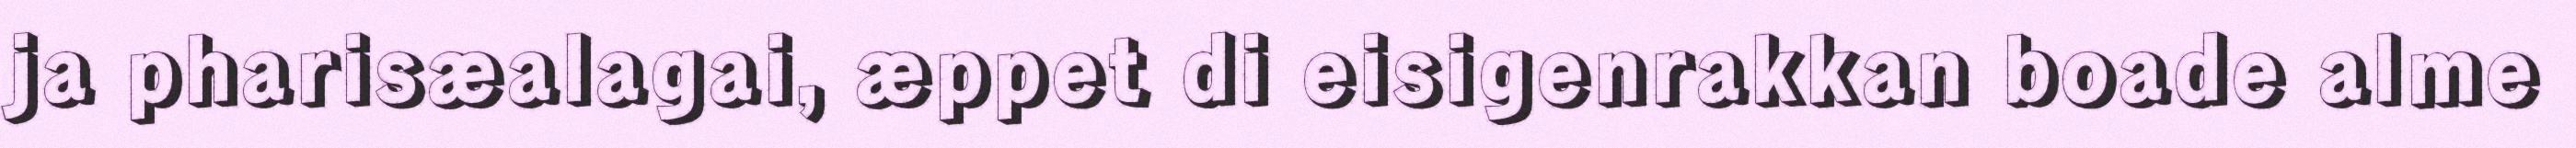
ja pharisæalagai, æppet di eisigenrakkan boade alme